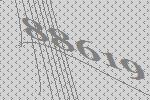
88619